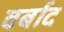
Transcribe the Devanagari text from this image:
वर्बाद